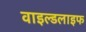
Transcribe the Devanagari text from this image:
वाइल्‍डलाइफ